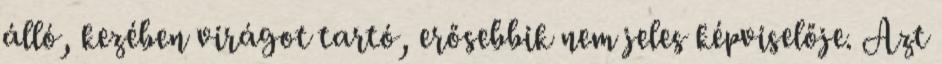
álló, kezében virágot tartó, erősebbik nem jeles képviselője. Azt